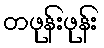
တဖုန်းဖုန်း